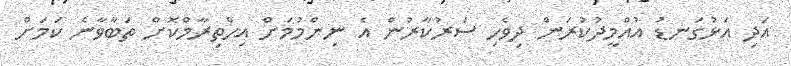
އަދި އަޅުގަނޑު އުއްމީދުކުރަން ދިވެހި ސަރުކާރުން އެ ނިންމުމަށް އިހްތިރާމްކޮށް ތަބާވާނެ ކަމަށް